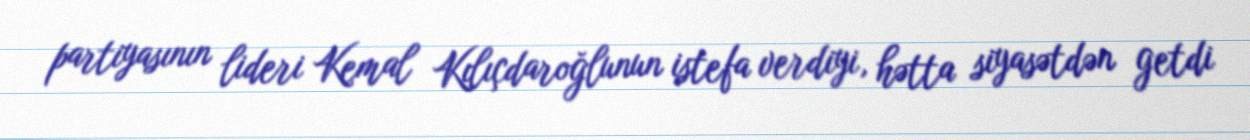
partiyasının lideri Kemal Kılıçdaroğlunun istefa verdiyi, hətta siyasətdən getdi